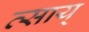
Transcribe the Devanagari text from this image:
त्साय्